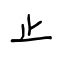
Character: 止